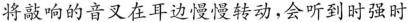
将敲响的音叉在耳边慢慢转动，会听到时强时